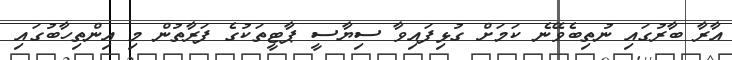
އާރާ ބާރުގައި ނުތިބެވޭނެ ކަމަށް ގުޅިފައިވާ ސިޔާސީ ޕާޓީތަކުގެ ފަރާތުން މި އިންތިހާބުގައި